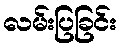
လမ်းပြခြင်း